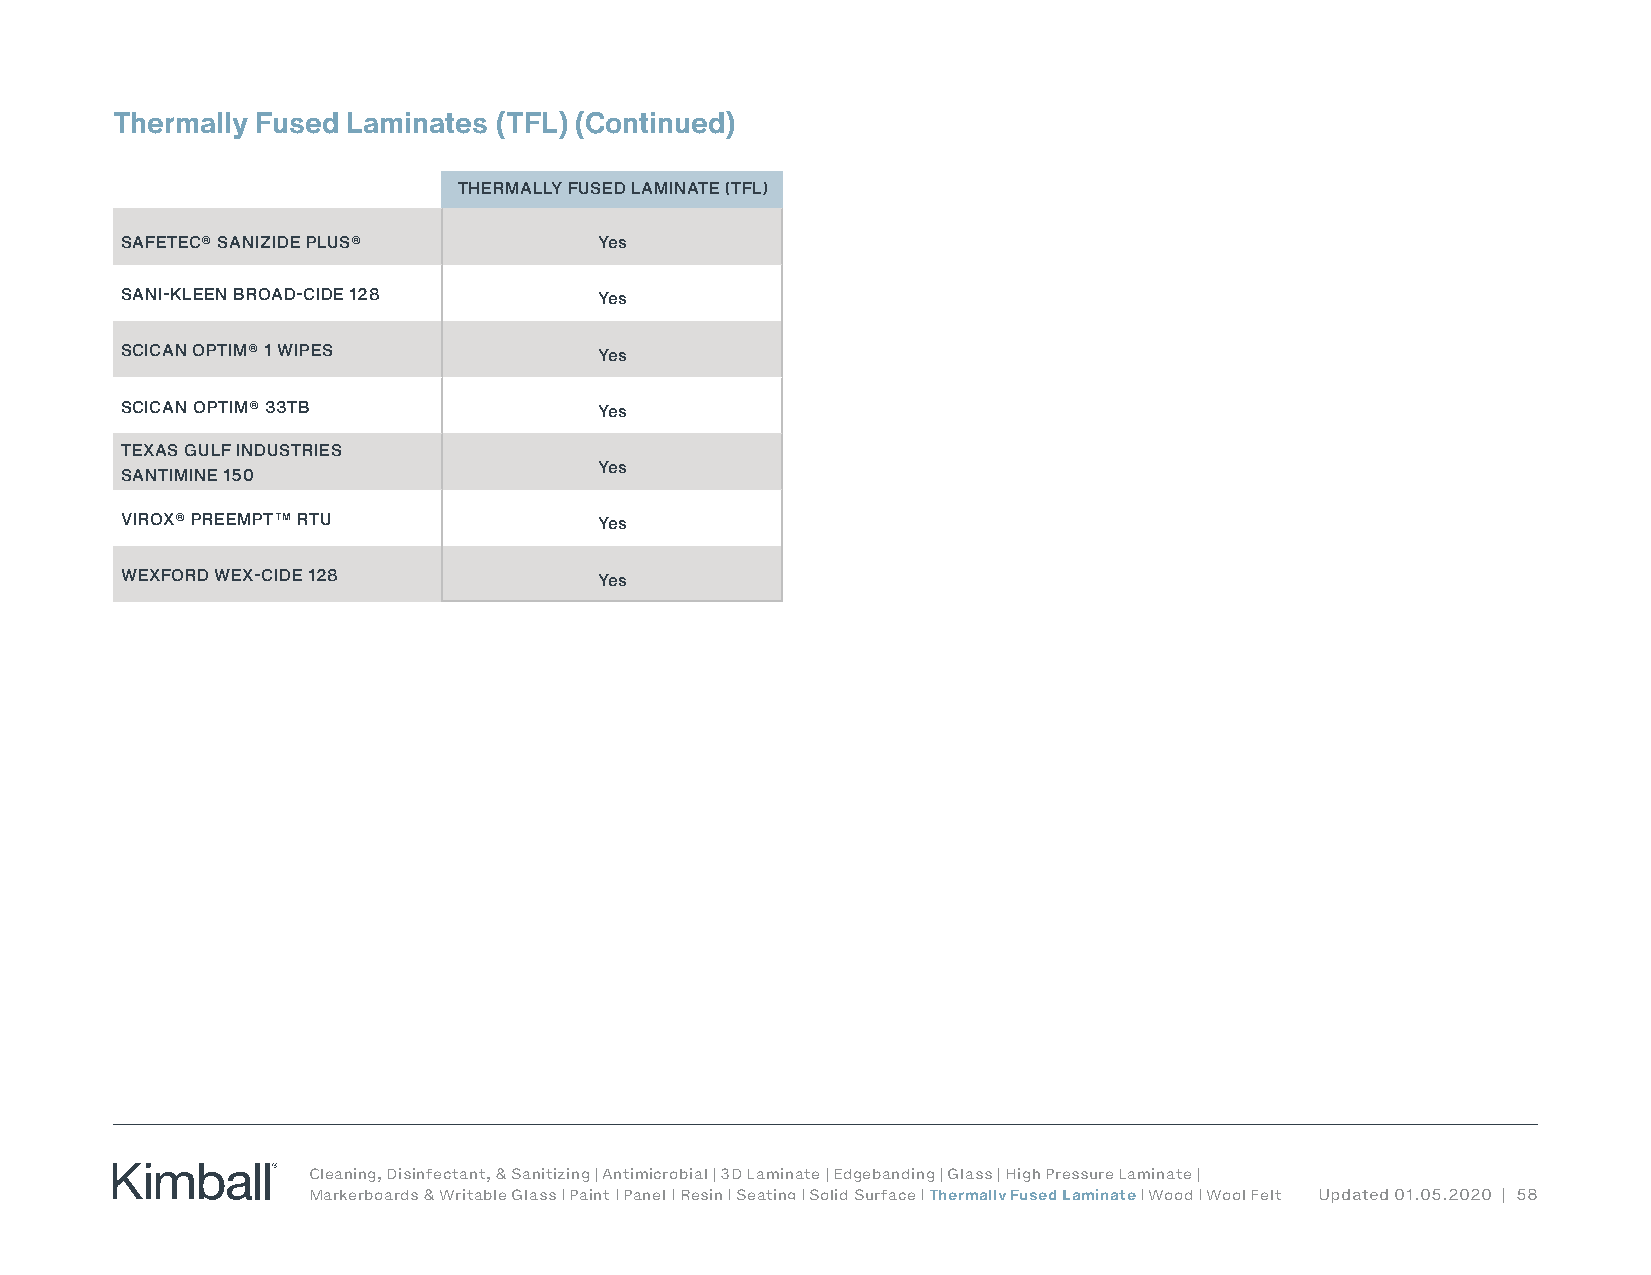
Thermally Fused Laminates (TFL) (Continued)
 THERMALLY FUSED LAMINATE (TFL)
 SAFETEC® SANIZIDE PLUS®         Yes
 SANI-KLEEN BROAD-CIDE 128       Yes
 SCICAN OPTIM® 1 WIPES           Yes
 SCICAN OPTIM® 33TB              Yes
 TEXAS GULF INDUSTRIES
 Yes
 SANTIMINE 150
 VIROX® PREEMPT™ RTU             Yes
 WEXFORD WEX-CIDE 128            Yes
 Cleaning, Disinfectant, & Sanitizing | Antimicrobial | 3D Laminate | Edgebanding | Glass | High Pressure Laminate |
 Markerboards & Writable Glass | Paint | Panel | Resin | Seating | Solid Surface | Thermally Fused Laminate | Wood | Wool Felt Updated 01.05.2020 | 58